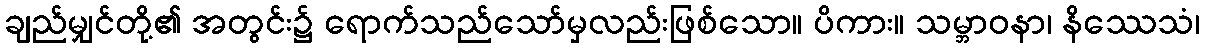
ချည်မျှင်တို့၏ အတွင်း၌ ရောက်သည်သော်မှလည်းဖြစ်သော။ ပိကား။ သမ္ဘာဝနာ၊ နိဿေသံ၊